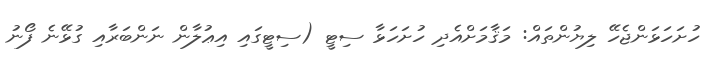
ހުށަހަޅަންޖެހޭ ލިޔުންތައް: މަޤާމަށްއެދި ހުށަހަޅާ ސިޓީ (ސިޓީގައި އިޢުލާން ނަންބަރާއި ގުޅޭނެ ފޯނު